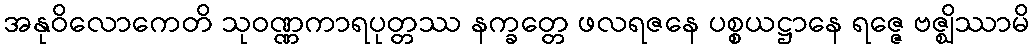
အနုဝိလောကေတိ သုဝဏ္ဏကာရပုတ္တဿ နက္ခတ္တေ ဖလရဇနေ ပစ္စယဋ္ဌာနေ ရဇ္ဇေ ဗဇ္ဈိဿာမိ